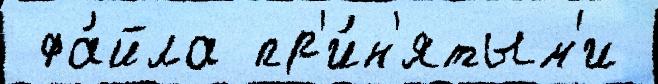
 фа́йла пр'и́н'ятым'и